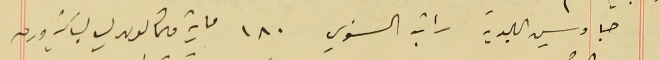
جاويس البلدية راتبه السنوي ١٨٠ ماية وثمانون ليره لبنانية ورق